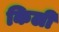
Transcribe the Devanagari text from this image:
किली